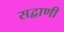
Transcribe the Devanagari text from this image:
सद्वाणी